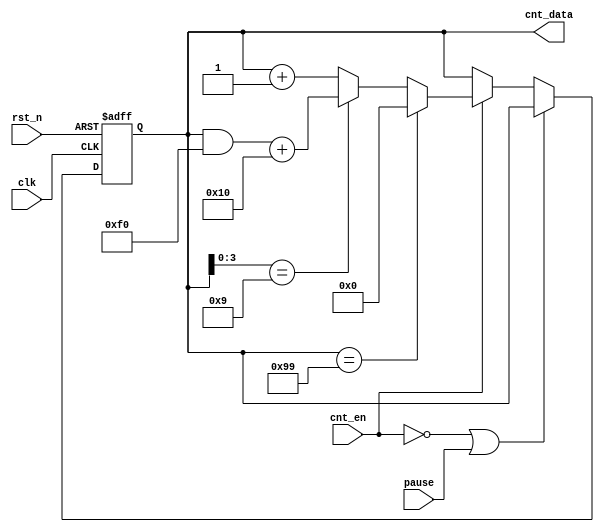
`timescale 1ns / 1ps
//////////////////////////////////////////////////////////////////////////////////
// Company: 
// Engineer: 
// 
// Design Name: 
// Module Name:    Counter 
// Project Name: 
// Target Devices: 
// Tool versions: 
// Description: 
//
// Dependencies: 
//
// Revision: 
// Revision 0.01 - File Created
// Additional Comments: 
//
//////////////////////////////////////////////////////////////////////////////////
module Counter(
input						clk,		//
input						rst_n,	//
input						cnt_en,	//
input						pause,	//
output	reg	[7:0]	cnt_data
    );


always@(posedge clk or negedge rst_n)
begin
	if(~rst_n)
		cnt_data <= 8'h90;
	else if(~cnt_en || pause)
		cnt_data <= cnt_data;	//
	else if(cnt_en)
	begin
		if(cnt_data == 8'h99)
			cnt_data <= 8'h0;
		else if({cnt_data[3],cnt_data[2],cnt_data[1],cnt_data[0]} == 4'h9)
			cnt_data <= (cnt_data & 8'hF0) + 8'h10;
		else
			cnt_data <= cnt_data + 4'h1;
	end
end

endmodule